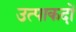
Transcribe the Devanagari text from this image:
उत्पाकदों